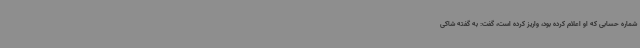
شماره حسابی که او اعلام کرده بود، واریز کرده است، گفت: به گفته شاکی